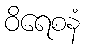
ဝိရေစနံ